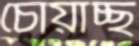
চোয়াচ্ছ